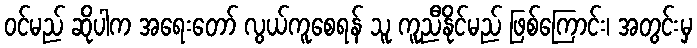
ဝင်မည် ဆိုပါက အရေးတော် လွယ်ကူစေရန် သူ ကူညီနိုင်မည် ဖြစ်ကြောင်း၊ အတွင်းမှ